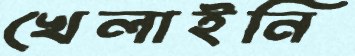
খেলাইনি